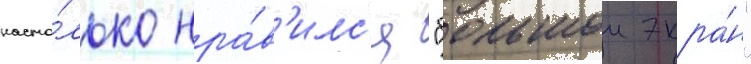
насто́лько нра́в'илс'я "большои экра́н"